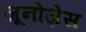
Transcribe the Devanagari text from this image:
जूनोज़ेस